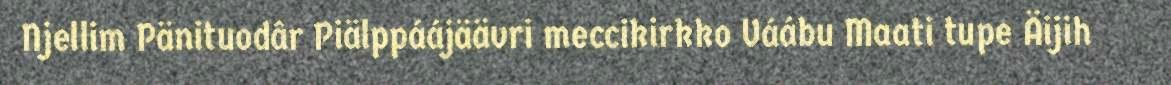
Njellim Pänituodâr Piälppáájäävri meccikirkko Váábu Maati tupe Äijih